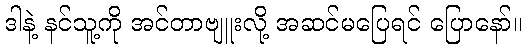
ဒါနဲ့ နင်သူ့ကို အင်တာဗျူးလို့ အဆင်မပြေရင် ပြောနော်။